Lunatic asylums Central Provinces reports 1895-1909 - 1895-1909
Year: 1895
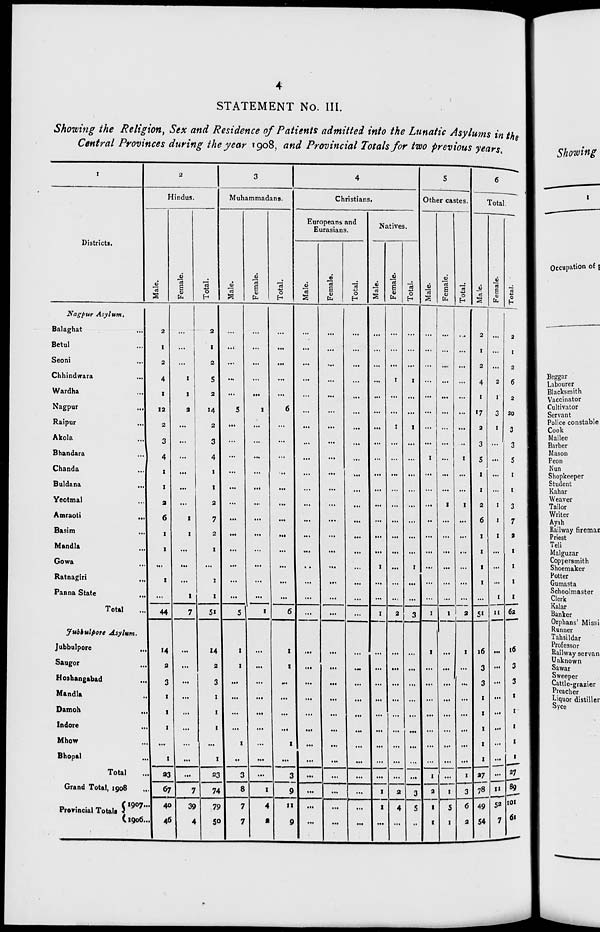
4
STATEMENT No. III.
Showing the Religion, Sex and Residence of Patients admitted into the Lunatic Asylums in the
Central Provinces during the year 1908, and Provincial Totals for two previous years.
1
Districts.
Nagpur Asylum.
Balaghat ...
Betul ...
Seoni ...
Chhindwara ...
Wardha ...
Nagpur ...
Raipur ...
Akola ...
Bhandara ...
Chanda ...
Buldana ...
Yeotmal ...
Amraoti
...
Basim ...
Mandla ...
Gowa ...
Ratnagiri ...
Panna State ...
Total ...
Jubbulpore Asylum.
Jubbulpore ...
Saugor ...
Hoshangabad ...
Mandla ...
Damoh ...
Indore ...
Mhow ...
Bhopal ...
Total ...
Grand Total, 1908 ...
Provincial Totals
1907 ...
1906 ...
2
Hindus.
Male.
2
1
2
4
1
12
2
3
4
1
1
2
6
1
1
...
1
...
44
14
2
3
1
1
1
...
1
23
67
40
46
Female.
...
...
...
1
1
2
...
...
...
...
...
...
1
1
...
...
...
1
7
...
...
...
...
...
...
...
...
...
7
39
4
Total.
2
1
2
5
2
14
2
3
4
1
1
2
7
2
1
...
1
1
51
14
2
3
1
1
1
...
1
23
74
79
50
3
Muhammadans.
Male.
...
...
...
...
...
5
...
...
...
...
...
...
...
...
...
...
...
...
5
1
1
...
...
...
...
1
...
3
8
7
7
Female.
...
...
...
...
...
1
...
...
...
...
...
...
...
...
...
...
...
...
1
...
...
...
...
...
...
...
...
...
1
4
2
Total.
...
...
...
...
...
6
...
...
...
...
...
...
...
...
...
...
...
...
6
1
1
...
...
...
...
1
...
3
9
11
9
4
Christians.
Europeans and
Eurasians.
Male.
...
...
...
...
...
...
...
...
...
...
...
...
...
...
...
...
...
...
...
...
...
...
...
...
...
...
...
...
...
...
...
Female.
...
...
...
...
...
...
...
...
...
...
...
...
...
...
...
...
...
...
...
...
...
...
...
...
...
...
...
...
...
...
...
Total.
...
...
...
...
...
...
...
...
...
...
...
...
...
...
...
...
...
...
...
...
...
...
...
...
...
...
...
...
...
...
...
Natives.
Male.
...
...
...
...
...
...
...
...
...
...
...
...
...
...
...
1
...
...
1
...
...
...
...
...
...
...
...
...
1
1
...
Female.
...
...
...
1
...
...
1
...
...
...
...
...
...
...
...
...
...
...
2
...
...
...
...
...
...
...
...
...
2
4
...
Total.
...
...
...
1
...
...
1
...
...
...
...
...
...
...
...
1
...
...
3
...
...
...
...
...
...
...
...
...
3
5
...
5
Other castes.
Male.
...
...
...
...
...
...
...
...
1
...
...
...
..
...
...
...
...
...
1
1
...
...
...
...
...
...
...
1
2
1
1
Female.
...
...
...
...
...
...
...
...
...
...
...
1
...
...
...
...
...
...
1
...
...
...
...
...
...
...
...
...
1
5
1
Total.
...
...
...
...
...
...
...
...
1
...
...
1
...
...
...
...
...
2
1
...
...
...
...
...
...
...
1
3
6
2
6
Total.
Male.
2
1
2
4
1
17
2
3
5
1
1
2
6
1
1
1
1
...
51
16
3
3
1
1
1
1
1
27
78
49
54
Female.
...
...
...
2
1
3
1
...
...
...
...
1
1
1
...
...
...
1
11
...
...
...
...
...
...
...
...
...
11
52
7
Total.
2
1
2
6
2
20
3
3
5
1
1
3
7
2
1
1
1
1
62
16
3
3
1
1
1
1
1
27
89
101
61